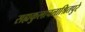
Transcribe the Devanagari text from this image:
सह्यकुलाचलाश्रितपुरे